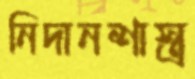
নিদানশাস্ত্র